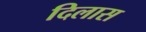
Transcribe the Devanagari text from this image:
दिलास